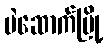
မဲဆောက်မြို့